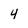
Character: 4